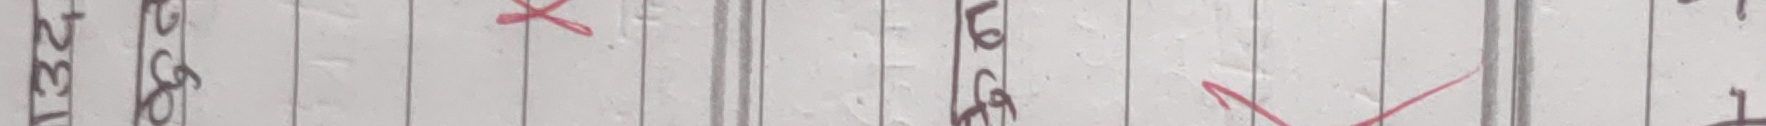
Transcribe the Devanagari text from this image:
१७२६